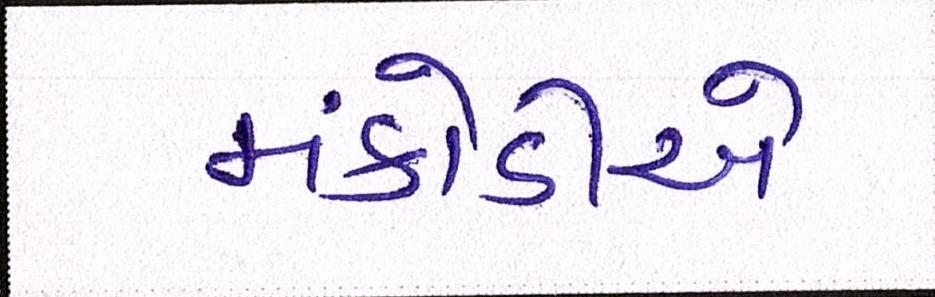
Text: મંકોડીએ